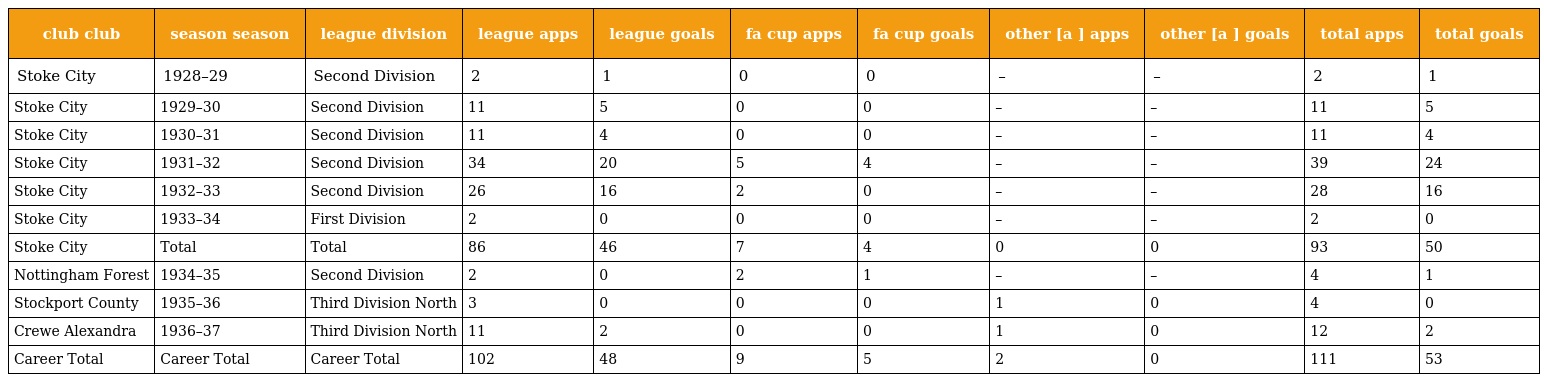
| club club | season season | league division | league apps | league goals | fa cup apps | fa cup goals | other [a ] apps | other [a ] goals | total apps | total goals |
 | --- | --- | --- | --- | --- | --- | --- | --- | --- | --- | --- |
 | Stoke City | 1928–29 | Second Division | 2 | 1 | 0 | 0 | – | – | 2 | 1 |
 | Stoke City | 1929–30 | Second Division | 11 | 5 | 0 | 0 | – | – | 11 | 5 |
 | Stoke City | 1930–31 | Second Division | 11 | 4 | 0 | 0 | – | – | 11 | 4 |
 | Stoke City | 1931–32 | Second Division | 34 | 20 | 5 | 4 | – | – | 39 | 24 |
 | Stoke City | 1932–33 | Second Division | 26 | 16 | 2 | 0 | – | – | 28 | 16 |
 | Stoke City | 1933–34 | First Division | 2 | 0 | 0 | 0 | – | – | 2 | 0 |
 | Stoke City | Total | Total | 86 | 46 | 7 | 4 | 0 | 0 | 93 | 50 |
 | Nottingham Forest | 1934–35 | Second Division | 2 | 0 | 2 | 1 | – | – | 4 | 1 |
 | Stockport County | 1935–36 | Third Division North | 3 | 0 | 0 | 0 | 1 | 0 | 4 | 0 |
 | Crewe Alexandra | 1936–37 | Third Division North | 11 | 2 | 0 | 0 | 1 | 0 | 12 | 2 |
 | Career Total | Career Total | Career Total | 102 | 48 | 9 | 5 | 2 | 0 | 111 | 53 |